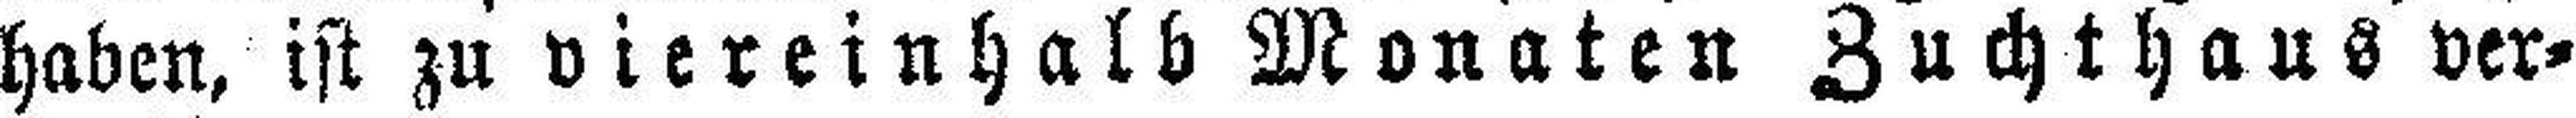
haben, ist zu viereinhalb Monaten Zuchthaus ver¬